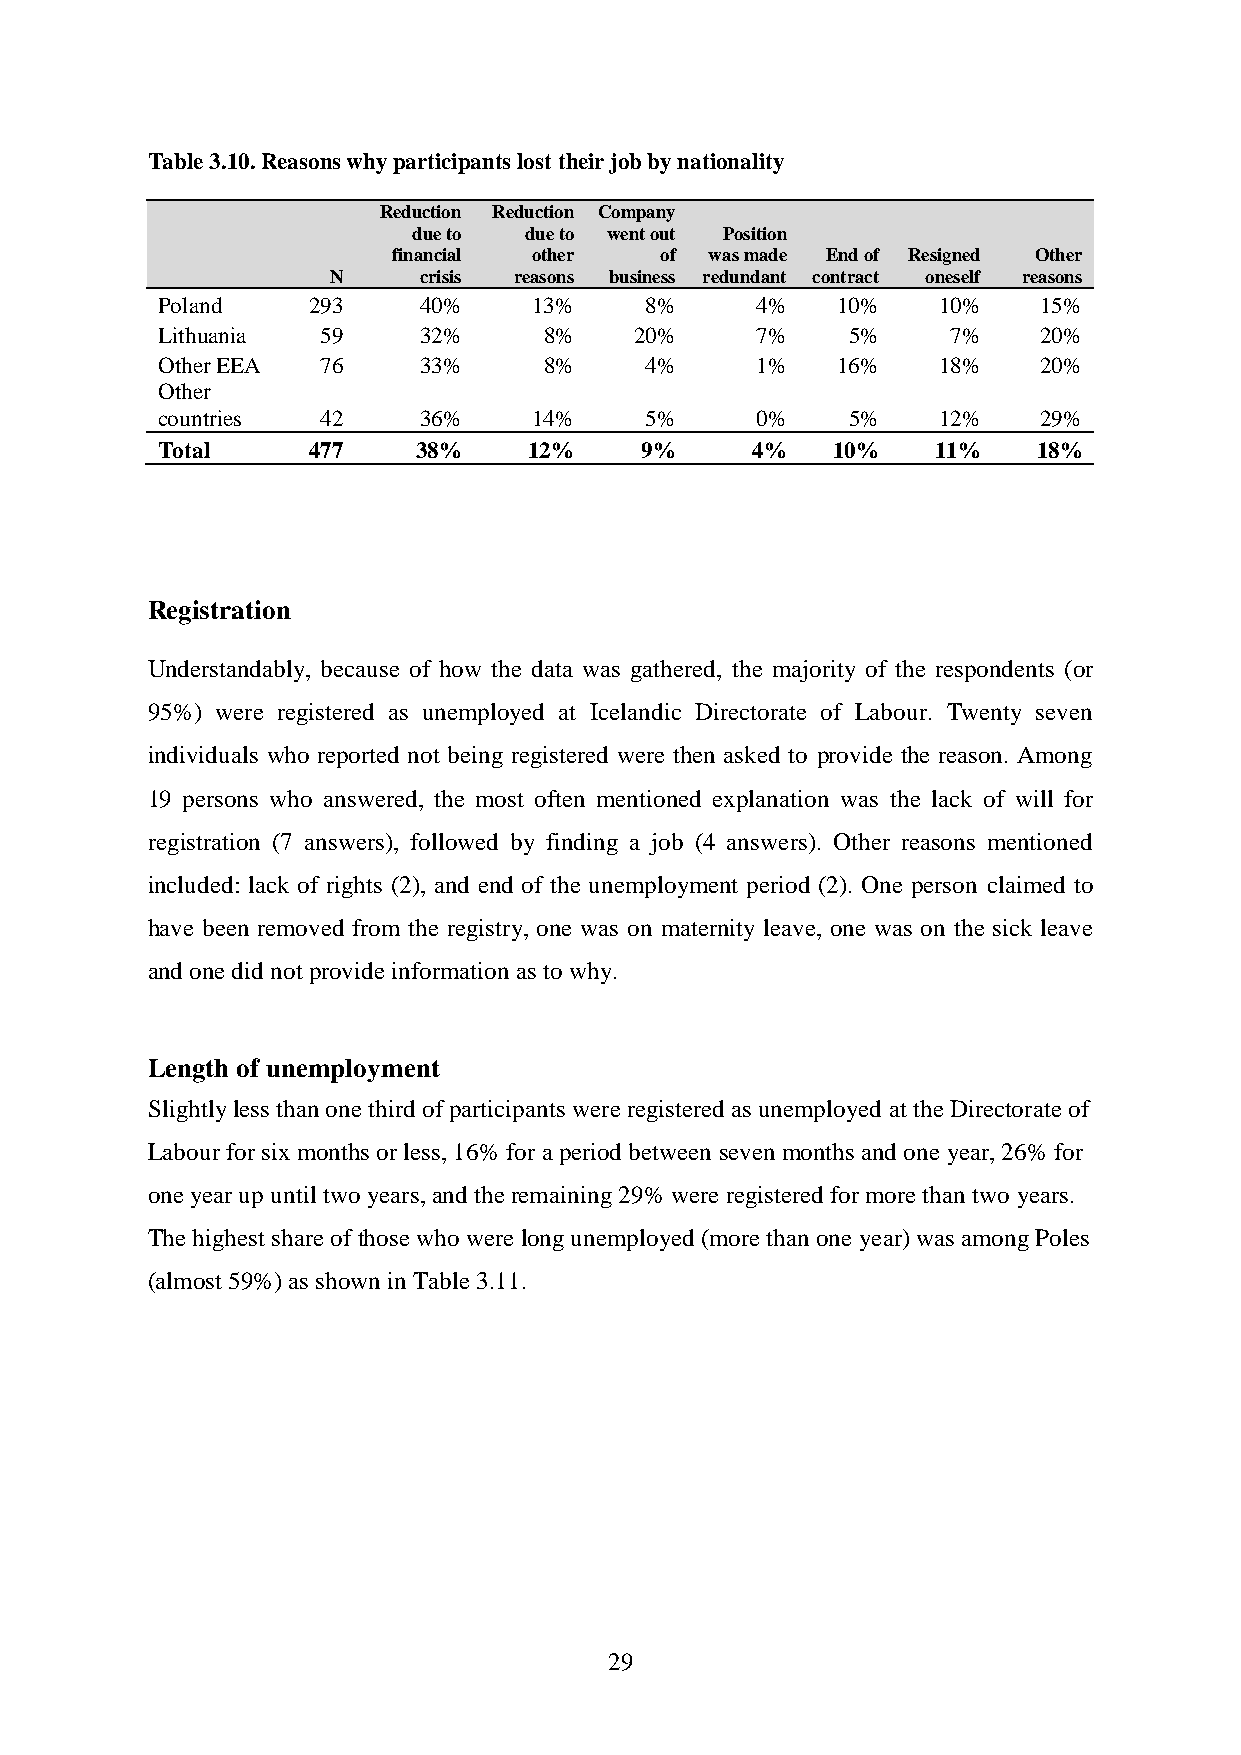
Table 3.10. Reasons why participants lost their job by nationality
 Reduction Reduction Company
 due to  due to went out Position
 financial other   of was made End of Resigned Other
 N     crisis reasons business redundant contract oneself reasons
 Poland    293     40%    13%     8%     4%   10%    10%    15%
 Lithuania  59     32%     8%    20%     7%    5%     7%    20%
 Other EEA  76     33%     8%     4%     1%   16%    18%    20%
 Other
 countries  42     36%    14%     5%     0%    5%    12%    29%
 Total     477     38%    12%    9%      4%   10%    11%    18%
 Registration
 Understandably, because of how the data was gathered, the majority of the respondents (or
 95%) were registered as unemployed at Icelandic Directorate of Labour. Twenty seven
 individuals who reported not being registered were then asked to provide the reason. Among
 19 persons who answered, the most often mentioned explanation was the lack of will for
 registration (7 answers), followed by finding a job (4 answers). Other reasons mentioned
 included: lack of rights (2), and end of the unemployment period (2). One person claimed to
 have been removed from the registry, one was on maternity leave, one was on the sick leave
 and one did not provide information as to why.
 Length of unemployment
 Slightly less than one third of participants were registered as unemployed at the Directorate of
 Labour for six months or less, 16% for a period between seven months and one year, 26% for
 one year up until two years, and the remaining 29% were registered for more than two years.
 The highest share of those who were long unemployed (more than one year) was among Poles
 (almost 59%) as shown in Table 3.11.
 29